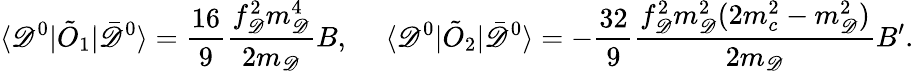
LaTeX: \langle\mathscr{D}^{0}|\tilde{{O}}_{1}|\bar{{\mathscr{D}}}^{0}\rangle=\frac{{16}}{{9}}\frac{{f_{\mathscr{D}}^{2}m_{\mathscr{D}}^{4}}}{{2m_{\mathscr{D}}}}B,~~~~~\langle\mathscr{D}^{0}|\tilde{{O}}_{2}|\bar{{\mathscr{D}}}^{0}\rangle=-\frac{{32}}{{9}}\frac{{f_{\mathscr{D}}^{2}m_{\mathscr{D}}^{2}(2m_{c}^{2}-m_{\mathscr{D}}^{2})}}{{2m_{\mathscr{D}}}}B^{\prime}.